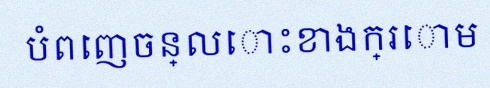
បំពេញចន្លោះខាងក្រោម